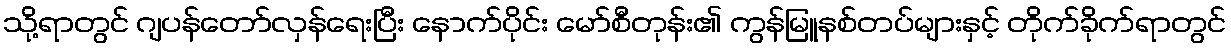
သို့ရာတွင် ဂျပန်တော်လှန်ရေးပြီး နောက်ပိုင်း မော်စီတုန်း၏ ကွန်မြူနစ်တပ်များနှင့် တိုက်ခိုက်ရာတွင်